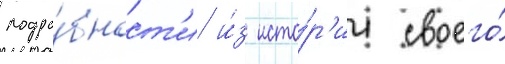
подро́бност'и и́з исто́р'ии своего́